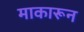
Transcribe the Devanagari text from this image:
माकारून